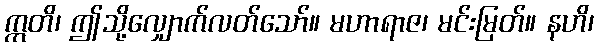
ဣတိ၊ ဤသို့လျှောက်လတ်သော်။ မဟာရာဇ၊ မင်းမြတ်။ နဟိ၊